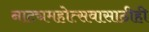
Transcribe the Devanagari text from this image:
नाट्यमहोत्सवासाठीही